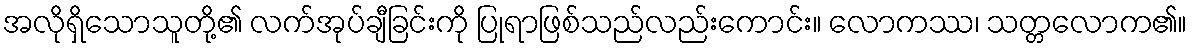
အလိုရှိသောသူတို့၏ လက်အုပ်ချီခြင်းကို ပြုရာဖြစ်သည်လည်းကောင်း။ လောကဿ၊ သတ္တလောက၏။